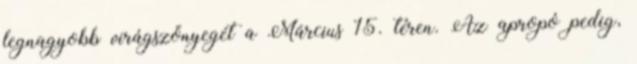
legnagyobb virágszőnyegét a Március 15. téren. Az apropó pedig,